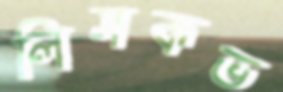
লিসকভ